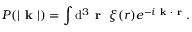
P ( \lvert \textbf { k } \rvert ) = \int \mathrm { d } ^ { 3 } \textbf { r } \; \xi ( r ) e ^ { - i \textbf { k } \cdot \textbf { r } } .